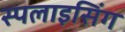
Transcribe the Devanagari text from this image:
स्पलाइसिंग